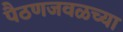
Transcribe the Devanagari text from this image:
पैठणजवळच्या